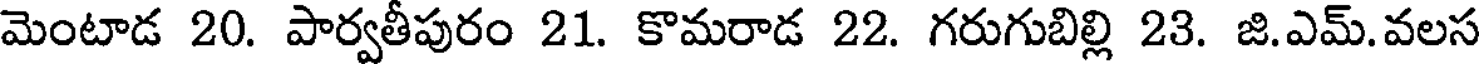
మెంటాడ 20. పార్వతీపురం 21. కొమరాడ 22. గరుగుబిల్లి 23. జి.ఎమ్.వలస